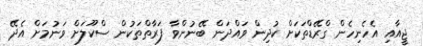
ޖީއާއި އެހެނިހެން ގްރޭޑްތަކަށް ކުދިން ވައްދަން ބޭނުންވާ ފަރާތްތަކުން ސްކޫލަށް ވަނުމަށް އެދޭ